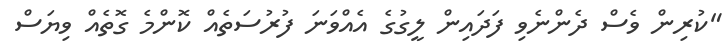
"ކުރިން ވެސް ދެންނެވި ފަދައިން ލީގުގެ އެއްވަނަ ފުރުސަތެއް ކޮންމެ ގޮތެއް ވިޔަސް